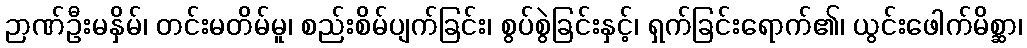
ဉာဏ်ဦးမနှိမ်၊ တင်းမတိမ်မူ၊ စည်းစိမ်ပျက်ခြင်း၊ စွပ်စွဲခြင်းနှင့်၊ ရှက်ခြင်းရောက်၏၊ ယွင်းဖေါက်မိစ္ဆာ၊